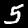
Label: 5